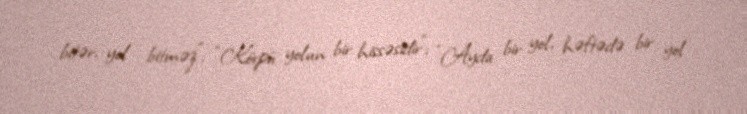
bitər, yol bitməz”; “Körpü yolun bir hissəsidir”; “Ayda bir yol, həftədə bir yol